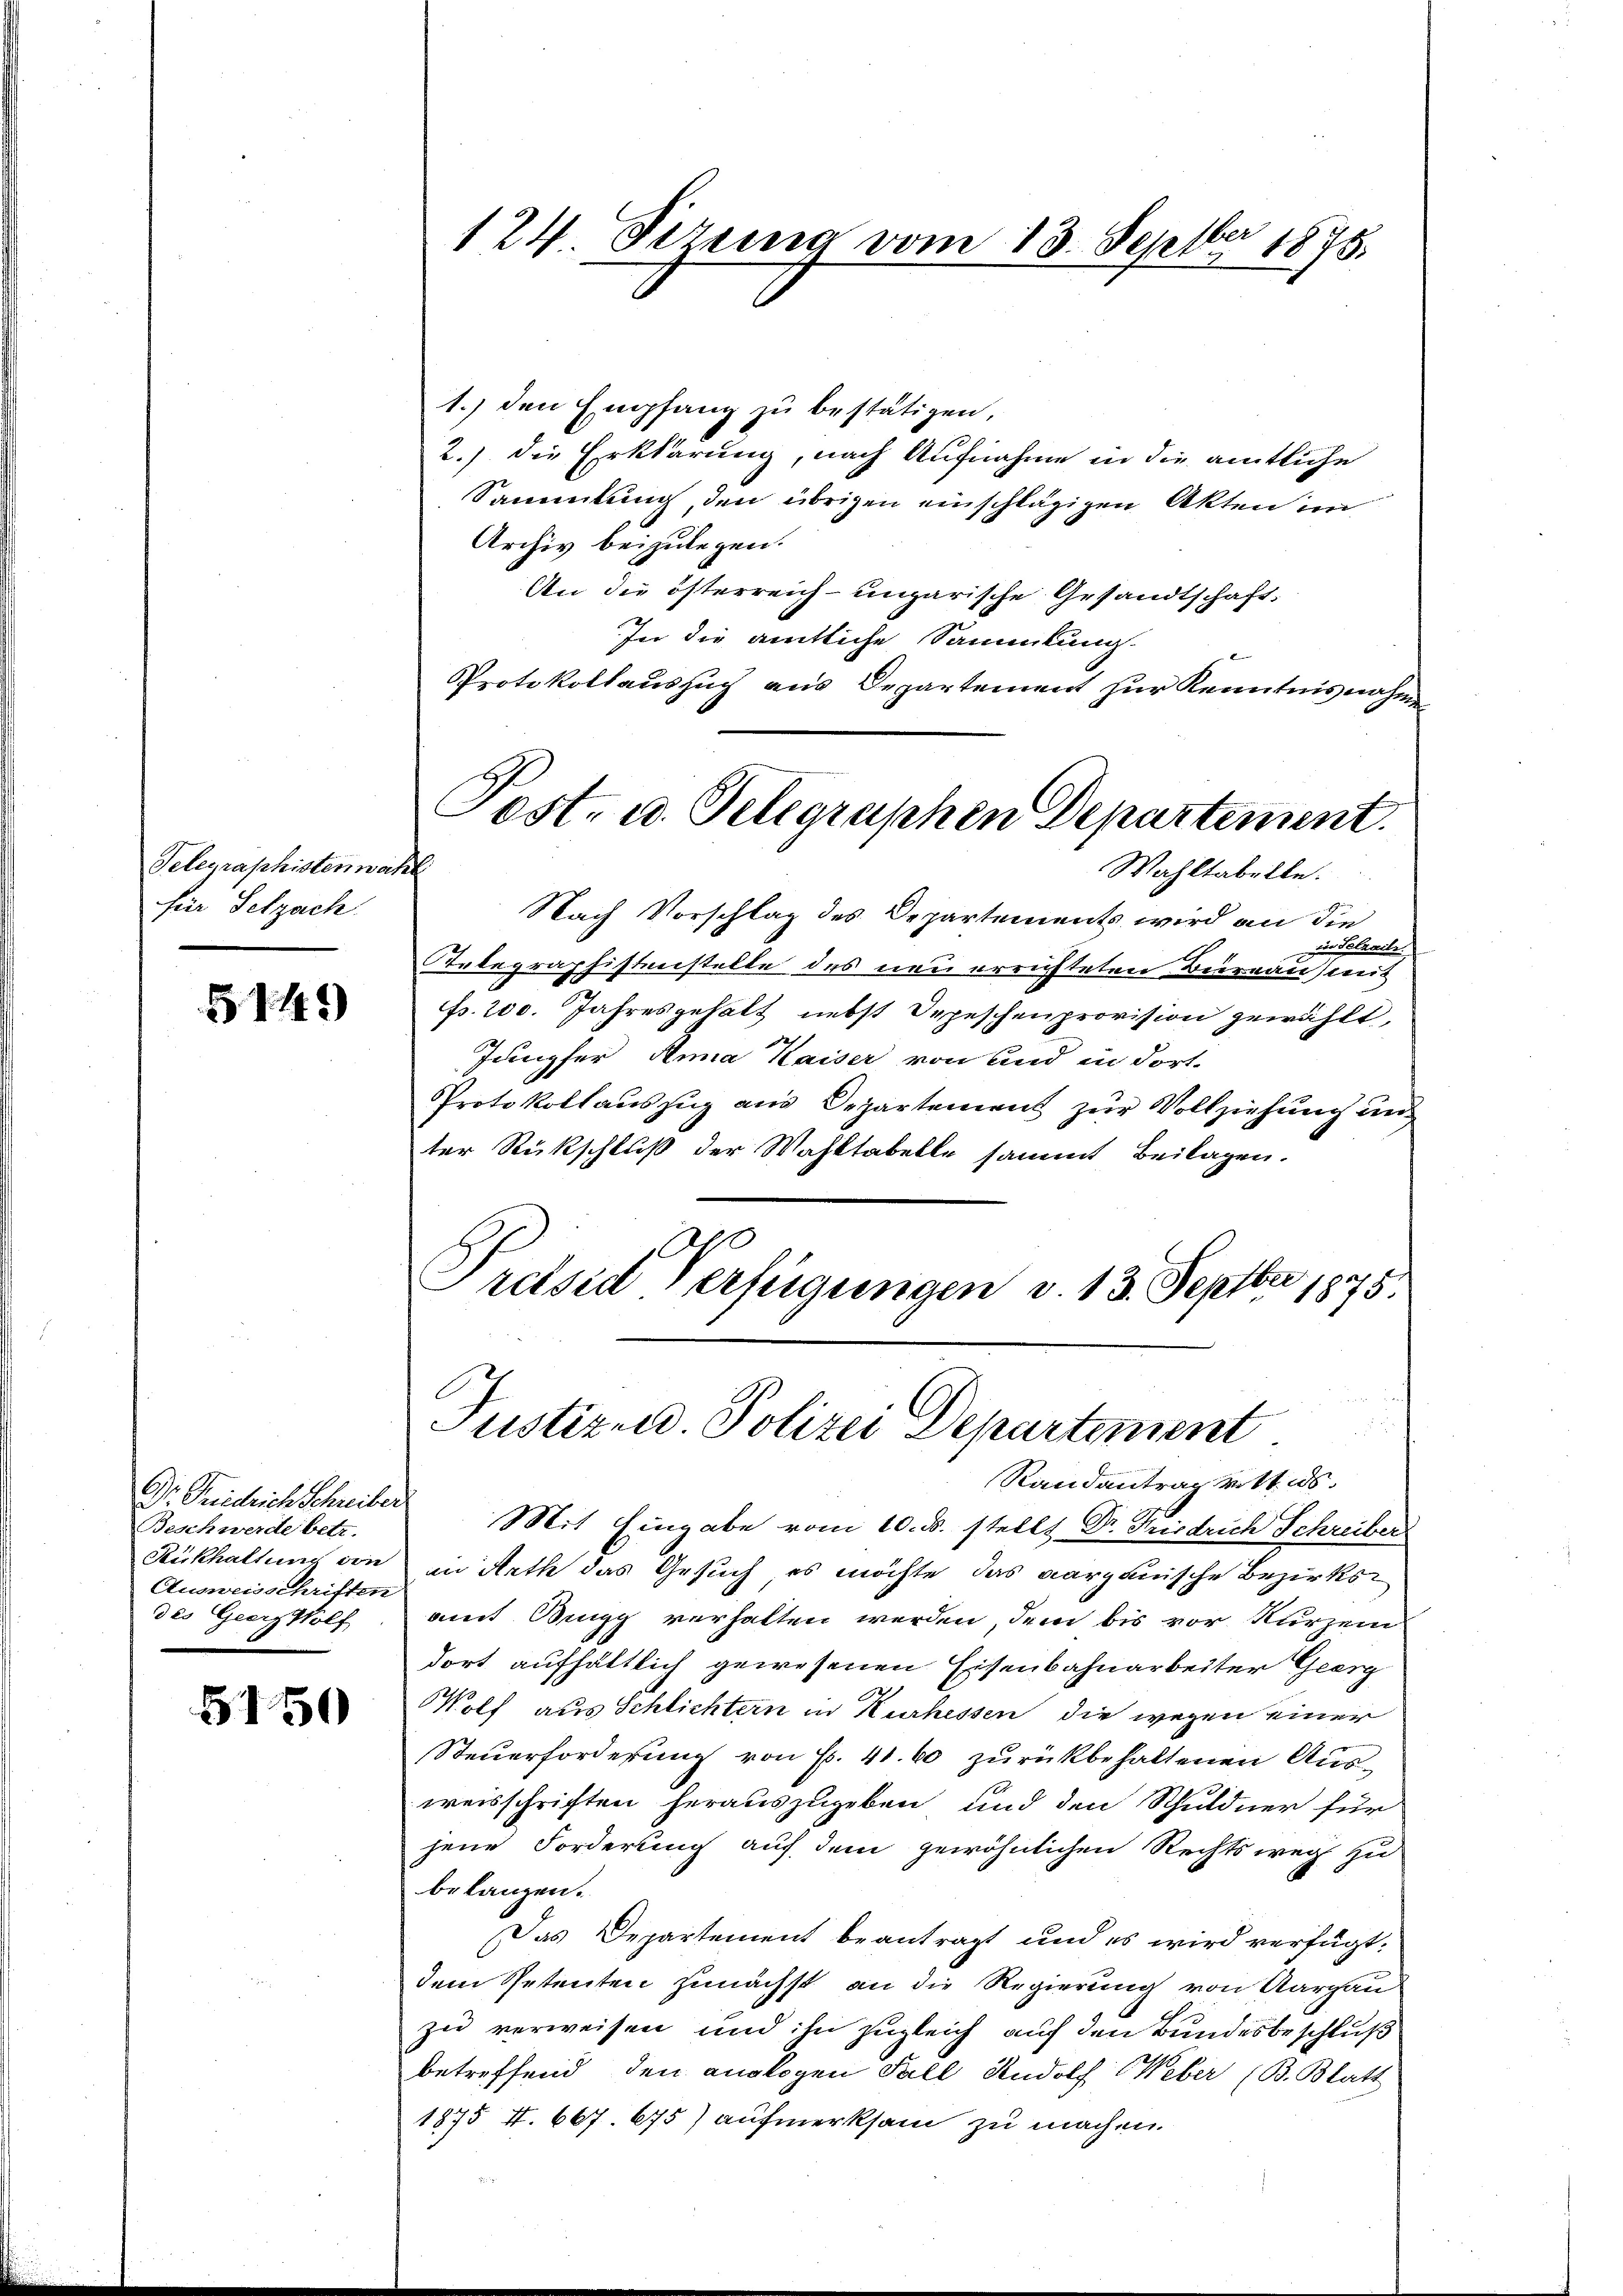
Telegraphistenwahl
für Selzach.

5149)

Dr. Seidlich Schreiber
Beschwerde betr.
Ausweisschriften
des Georg Wolf

5150

1.) den Empfang zu bestätigen.
2.) die Erklärung, nach Aufnahme in die amtliche
Sammlung, den übrigen einschlägigen Akten im
Archiv beizulegen.
An die österreich-ungarische Gesandtschaft,
In die amtliche Sammlung.
Protokollaussuch aus Departement zur Kenntnisnahm
Nach Vorschlag des Departements wird an die
i Selzaili.
Tebegraphistenstelle des neu errichteten Biernau) mit
Fr. 200. Jahresgehalt nebst Depeschenprovision gewählt,
Jungfer Anna Kaiser von und in dort.
Protokollauszug aus Departement zur Vollziehung un
ter Rückschluß der Wahltabelle sammt Beilagen.
Prdsid Verfügungen v. 13. Septbr 1875.
Justiz u. Polizei Departement
Randantrag vott. ds.
Mit Eingabe vom 10. d. stellt Dr. Friedrich Schreiber
Rükhaltung von in Rath das Gesuch, es möchte das aargauische Bezirksamt Bey verhalten werden, dem bis vor kurzem
dort aufhältlich gewesenen Eisenbahnarbeiter Geerg
Wolf aus Schlichtern in Kurhessen die wegen einer
Steuerforderung von Fr. 41. 60 zurückbehaltenen Ausweisschriften herauszugeben und den Schuldner für
jene Forderung auf dem gewöhnlichen Rechtsweg zu
belangen.
Das Departement beantragt und es wird verfügt:
dem Petenten zunächst an die Regierung von Aargau
zu verweisen und ihn zugleich auf den Bundesbeschluß
betreffend den analogen Fall Rudolf Weber (B. Blatt
1875 I. 667. 675) aufmerksam zu machen.

124 Perung vom 13. Septbr 1875.

Post- u. Telegraphen Departement.
Wahltabelle.